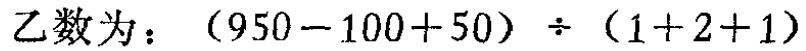
乙数为：\((950 - 100 + 50) \div (1 + 2 + 1)\)